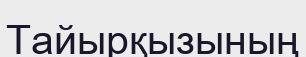
Тайырқызының